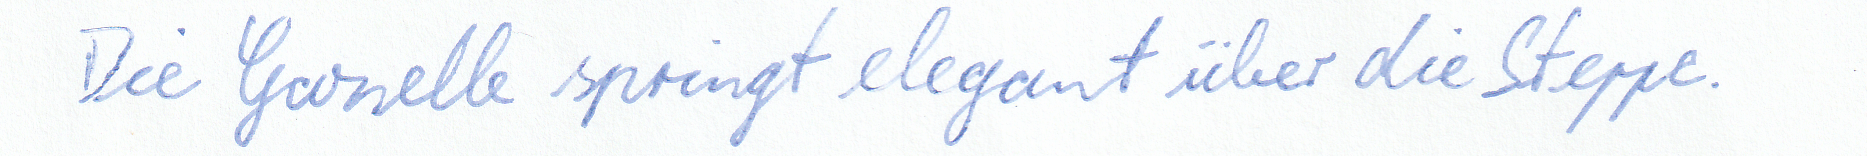
Die Gazelle springt elegant über die Steppe.